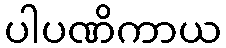
ပါပဏိကာယ